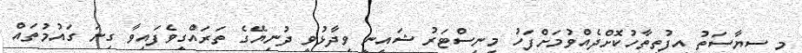
މި ސިޔާސަތު އިފުތިތާހުކޮށްދެއްވުމަށްފަހު މިނިސްޓަރު ޝައިނީ ވިދާޅުވީ ދުނިޔޭގެ ތަރައްގީވެފައިވާ ގިނަ ގައުމުތައް